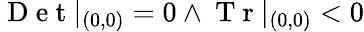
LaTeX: \mathrm{~D~e~t~}|_{(0,0)}=0\land\mathrm{~T~r~}|_{(0,0)}<0